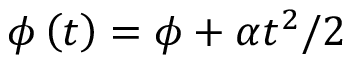
\phi \left( t \right) = \phi + \alpha t ^ { 2 } / 2